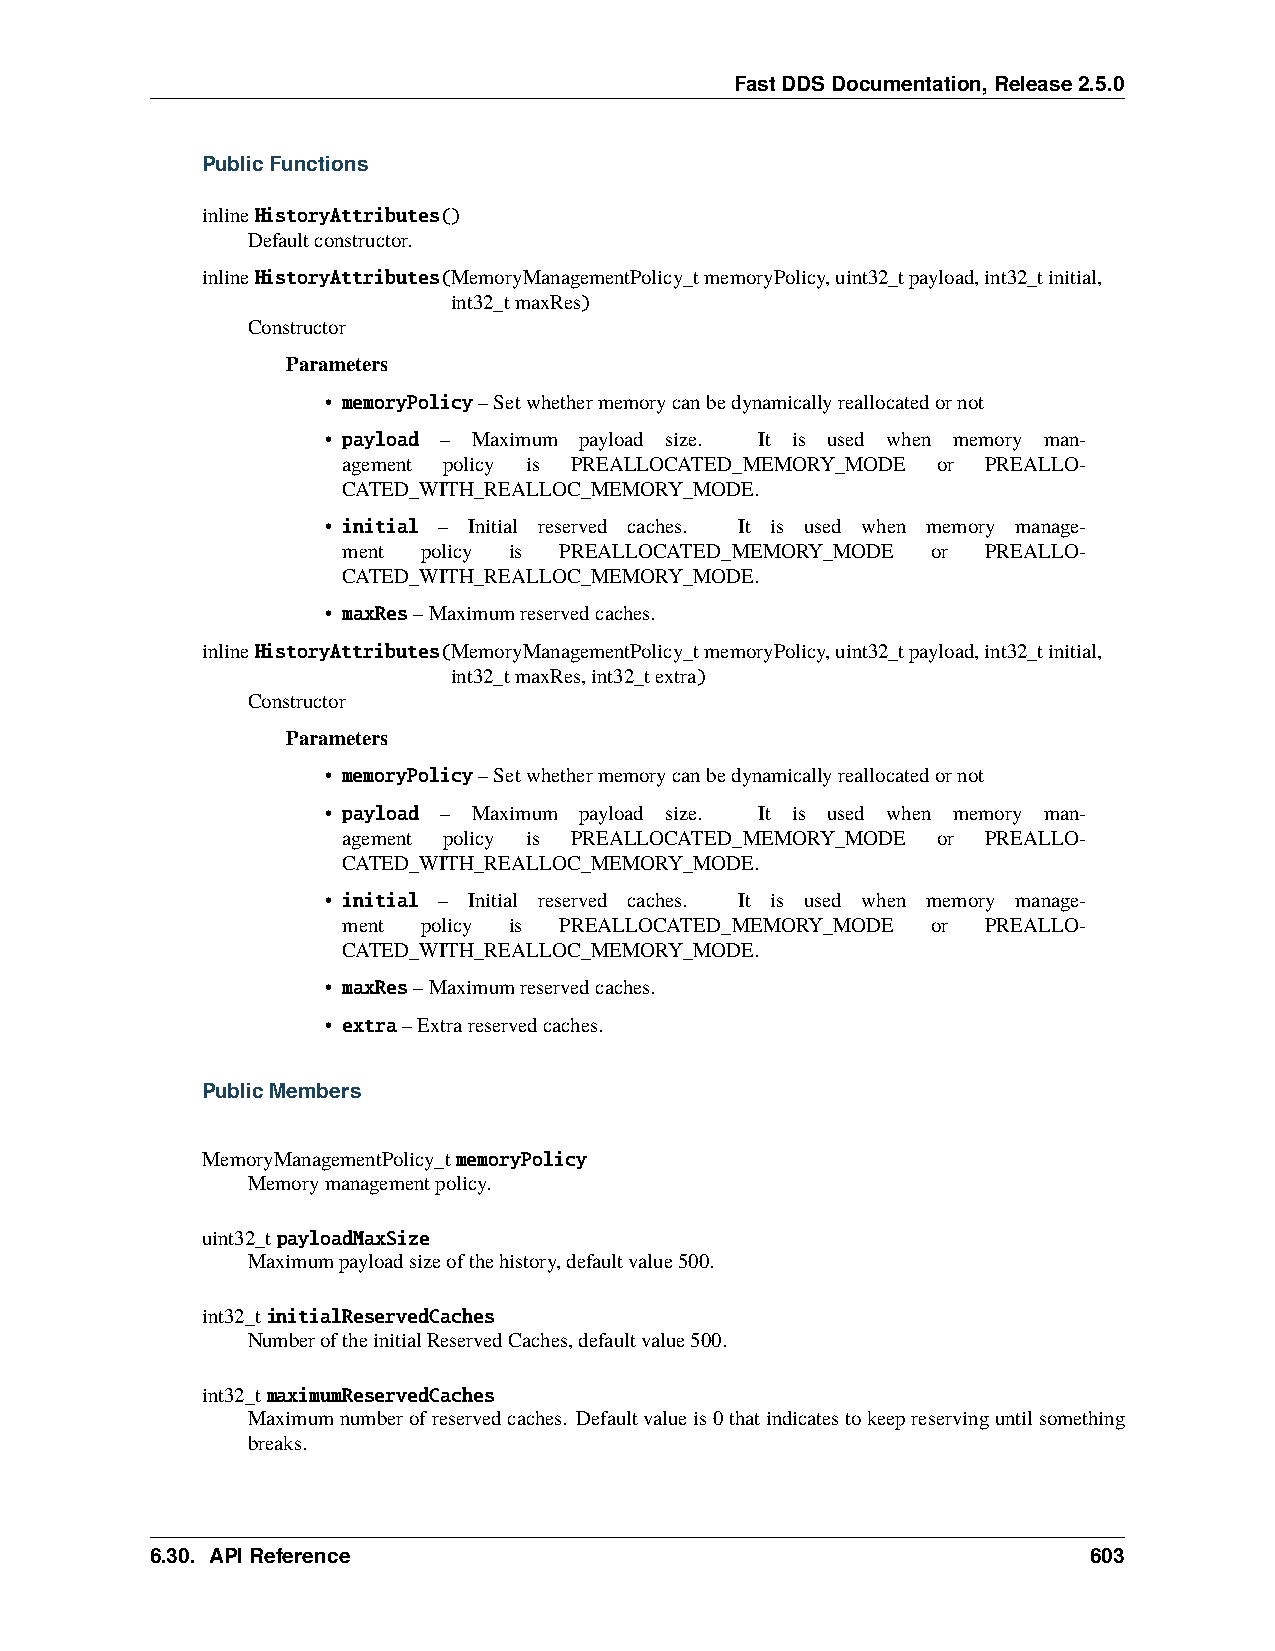
FastDDSDocumentation,Release2.5.0
 PublicFunctions
 inlineHistoryAttributes()
 Defaultconstructor.
 inlineHistoryAttributes(MemoryManagementPolicy_tmemoryPolicy,uint32_tpayload,int32_tinitial,
 int32_tmaxRes)
 Constructor
 Parameters
 • memoryPolicy–Setwhethermemorycanbedynamicallyreallocatedornot
 • payload – Maximum payload size. It is used when memory man-
 agement policy is PREALLOCATED_MEMORY_MODE or PREALLO-
 CATED_WITH_REALLOC_MEMORY_MODE.
 • initial – Initial reserved caches. It is used when memory manage-
 ment policy is PREALLOCATED_MEMORY_MODE or PREALLO-
 CATED_WITH_REALLOC_MEMORY_MODE.
 • maxRes–Maximumreservedcaches.
 inlineHistoryAttributes(MemoryManagementPolicy_tmemoryPolicy,uint32_tpayload,int32_tinitial,
 int32_tmaxRes,int32_textra)
 Constructor
 Parameters
 • memoryPolicy–Setwhethermemorycanbedynamicallyreallocatedornot
 • payload – Maximum payload size. It is used when memory man-
 agement policy is PREALLOCATED_MEMORY_MODE or PREALLO-
 CATED_WITH_REALLOC_MEMORY_MODE.
 • initial – Initial reserved caches. It is used when memory manage-
 ment policy is PREALLOCATED_MEMORY_MODE or PREALLO-
 CATED_WITH_REALLOC_MEMORY_MODE.
 • maxRes–Maximumreservedcaches.
 • extra–Extrareservedcaches.
 PublicMembers
 MemoryManagementPolicy_tmemoryPolicy
 Memorymanagementpolicy.
 uint32_tpayloadMaxSize
 Maximumpayloadsizeofthehistory,defaultvalue500.
 int32_tinitialReservedCaches
 NumberoftheinitialReservedCaches,defaultvalue500.
 int32_tmaximumReservedCaches
 Maximumnumberofreservedcaches. Defaultvalueis0thatindicatestokeepreservinguntilsomething
 breaks.
 6.30. APIReference                                            603